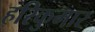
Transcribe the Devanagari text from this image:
हरिकुमार